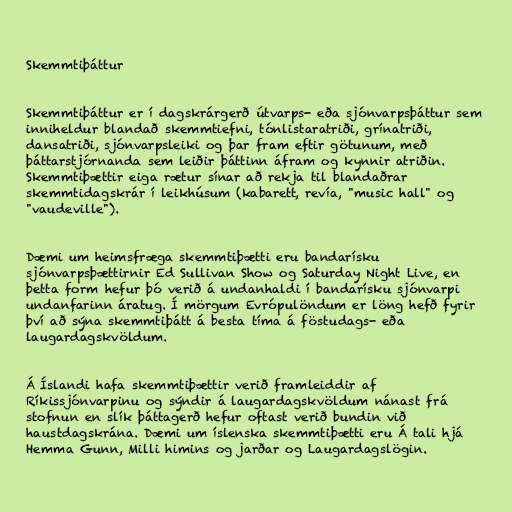
Skemmtiþáttur

Skemmtiþáttur er í dagskrárgerð útvarps- eða sjónvarpsþáttur sem
inniheldur blandað skemmtiefni, tónlistaratriði, grínatriði,
dansatriði, sjónvarpsleiki og þar fram eftir götunum, með
þáttarstjórnanda sem leiðir þáttinn áfram og kynnir atriðin.
Skemmtiþættir eiga rætur sínar að rekja til blandaðrar
skemmtidagskrár í leikhúsum (kabarett, revía, "music hall" og
"vaudeville").

Dæmi um heimsfræga skemmtiþætti eru bandarísku
sjónvarpsþættirnir Ed Sullivan Show og Saturday Night Live, en
þetta form hefur þó verið á undanhaldi í bandarísku sjónvarpi
undanfarinn áratug. Í mörgum Evrópulöndum er löng hefð fyrir
því að sýna skemmtiþátt á besta tíma á föstudags- eða
laugardagskvöldum.

Á Íslandi hafa skemmtiþættir verið framleiddir af
Ríkissjónvarpinu og sýndir á laugardagskvöldum nánast frá
stofnun en slík þáttagerð hefur oftast verið bundin við
haustdagskrána. Dæmi um íslenska skemmtiþætti eru Á tali hjá
Hemma Gunn, Milli himins og jarðar og Laugardagslögin.